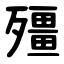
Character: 殭